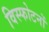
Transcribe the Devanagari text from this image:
विस्फोटनों